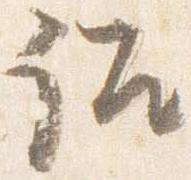
詔